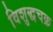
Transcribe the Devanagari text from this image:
विशुद्धचक्र